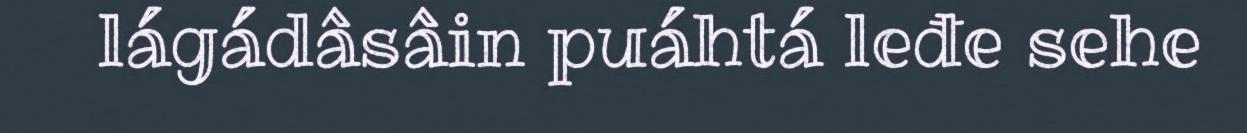
lágádâsâin puáhtá leđe sehe